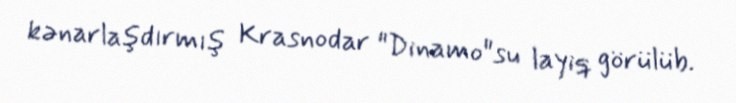
kənarlaşdırmış Krasnodar "Dinamo"su layiq görülüb.